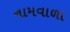
નામવાળા